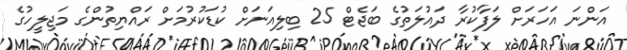
އަންނަ އަހަރަށް ލަފާކުރާ ދައުލަތުގެ ބަޖެޓް 25 ބިލިއަނަށް ކުޑަކުރުމަށް ރައްޔިތުންގެ މަޖިލީހުގެ